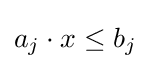
a_{j}\cdot x\leq b_{j}